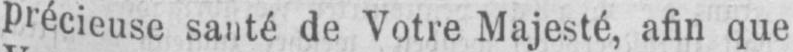
précieuse santé de Votre Majesté, afin que